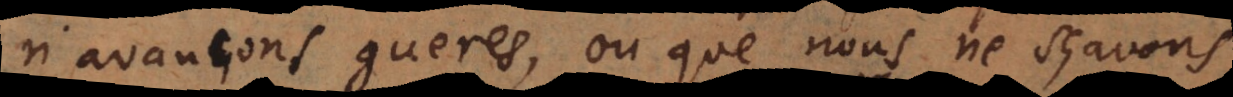
n’avançons gueres, ou que nous ne sçavons